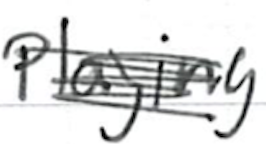
Text: playing
Cross-out: scratch
Writing tool: ballpoint